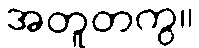
အတူတကွ။